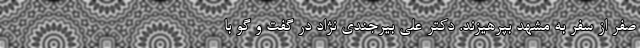
صفر از سفر به مشهد بپرهیزند. دکتر علی بیرجندی نژاد در گفت و گو با